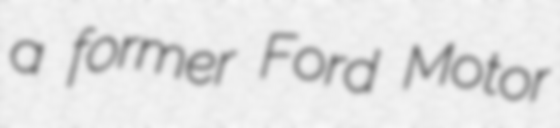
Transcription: a former Ford Motor